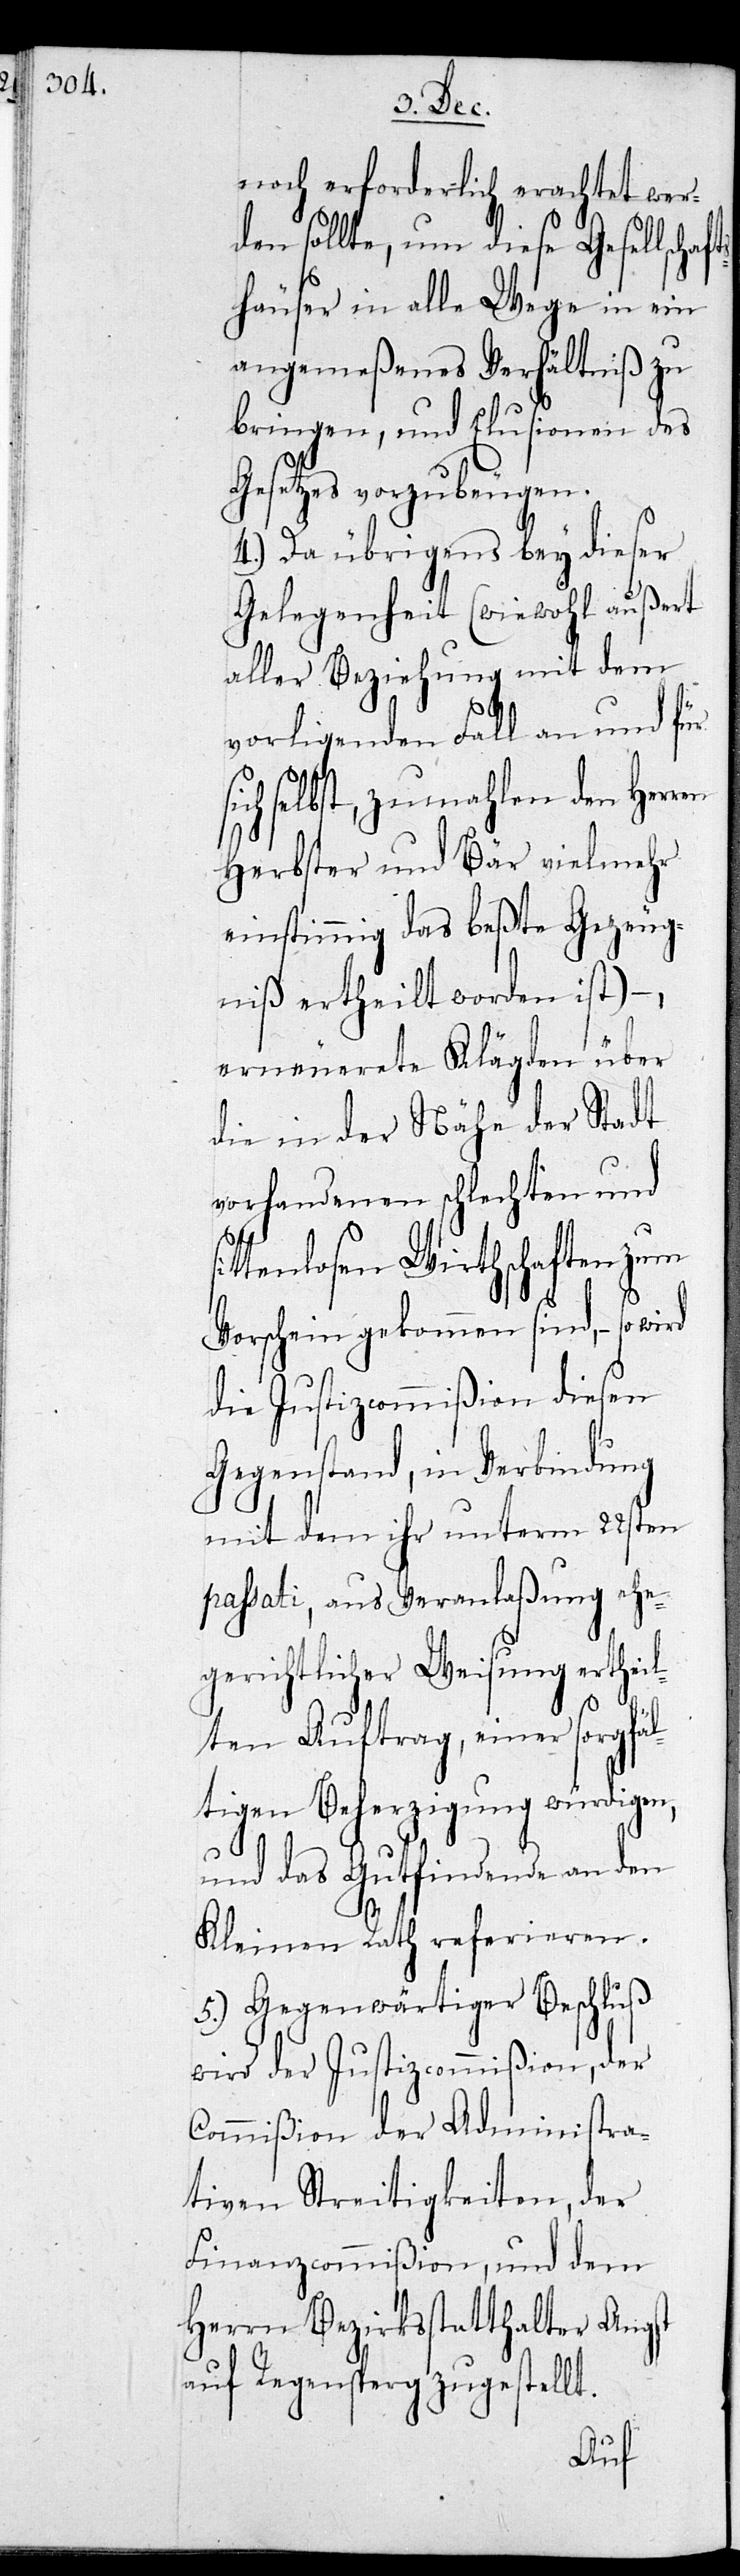
noch erforderlich erachtet wer¬
den sollte, um diese Gesellscha¬
häuser in alle Wege in ein
angemeßenes Verhältniß zu
bringen, und Elusionen des
Gesetzes vorzubeugen.
4.) Da übrigens bey dieser
Gelegenheit (wiewohl außert
aller Beziehung mit dem
vorligenden Fall an und für
selbst, zumahlen den Herren
Herbster und Bär vielmehr
einstimmig das beste Gezeug¬
niß ertheilt worden ist) -,
erneuerete Klägden über
die in der Nähe der Stadt
vorhandenen schlechten und
ttenlosen Wirthschaften zum
Vorschein gekommen sind, – so
die Justicommißion diesen
Gegenstand, in Verbindung
mit dem ihr unterm 22sten
passati, aus Veranlaßung ehe¬
gerichtlicher Weisung ertheil¬
ten Auftrag, einer sorgfä¬
ltigen Beherzigung würdigen,
und das Gutfindende an den
Kleinen Rath referieren.
5.) Gegenwärtiger Beschluß
wird der Justizcommißion, der
Commißion der Administra¬
tiven Streitigkeiten, der
Finanzcommißion, und dem
Herrn Bezirksstatthalter Angst
auf Regensberg zugestellt.
si¬